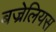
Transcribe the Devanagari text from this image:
बज्रेलियस